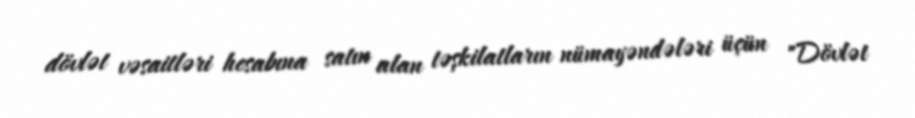
dövlət vəsaitləri hesabına satın alan təşkilatların nümayəndələri üçün "Dövlət